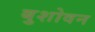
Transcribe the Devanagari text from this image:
बुशोवन